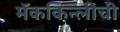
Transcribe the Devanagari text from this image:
मॅककिन्लीची